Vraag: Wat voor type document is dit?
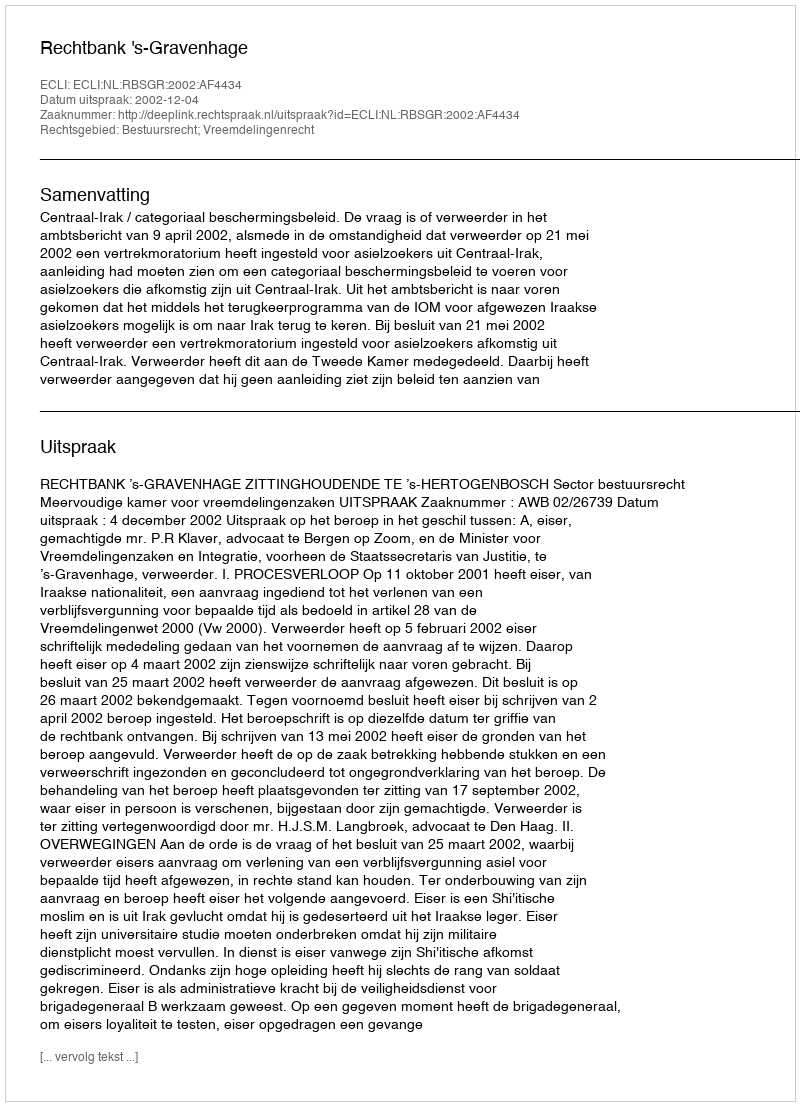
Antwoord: Uitspraak